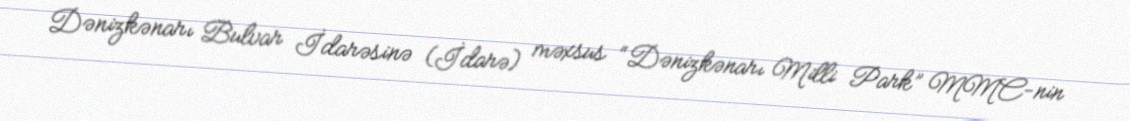
Dənizkənarı Bulvar İdarəsinə (İdarə) məxsus “Dənizkənarı Milli Park” MMC-nin